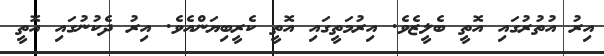
އިރު އުތުރުގައި އޮތީ ބެލީޒެވެ. އިރުމަތީގައި އޮތީ ކެރީބިޔަންއެވެ. އިރު ދެކުނުގައި އޮތީ